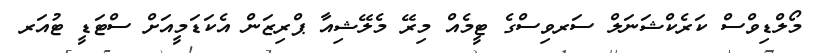
މޯލްޑިވްސް ކަރެކްޝަނަލް ސަރވިސްގެ ޓީމެއް މިރޭ މެލޭޝިއާ ޕްރިޒަން އެކަޑަމީއަށް ސްޓަޑީ ޓުއަރ